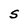
Character: S